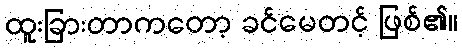
ထူးခြားတာကတော့ ခင်မေတင့် ဖြစ်၏။